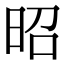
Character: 昭